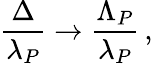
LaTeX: {\frac{\Delta}{\lambda_{P}}}\rightarrow{\frac{\Lambda_{P}}{\lambda_{P}}}\, ,